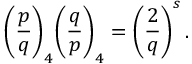
{ \Bigg ( } { \frac { p } { q } } { \Bigg ) } _ { 4 } { \Bigg ( } { \frac { q } { p } } { \Bigg ) } _ { 4 } = \left( { \frac { 2 } { q } } \right) ^ { s } .